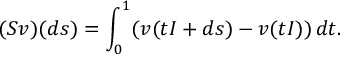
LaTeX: ( S v ) ( d s ) = \int _ { 0 } ^ { 1 } ( v ( t I + d s ) - v ( t I ) ) \, d t .